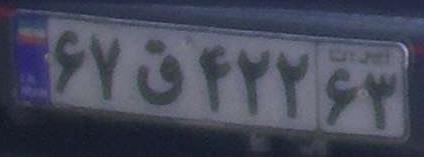
۶۷ق۴۲۲۶۳